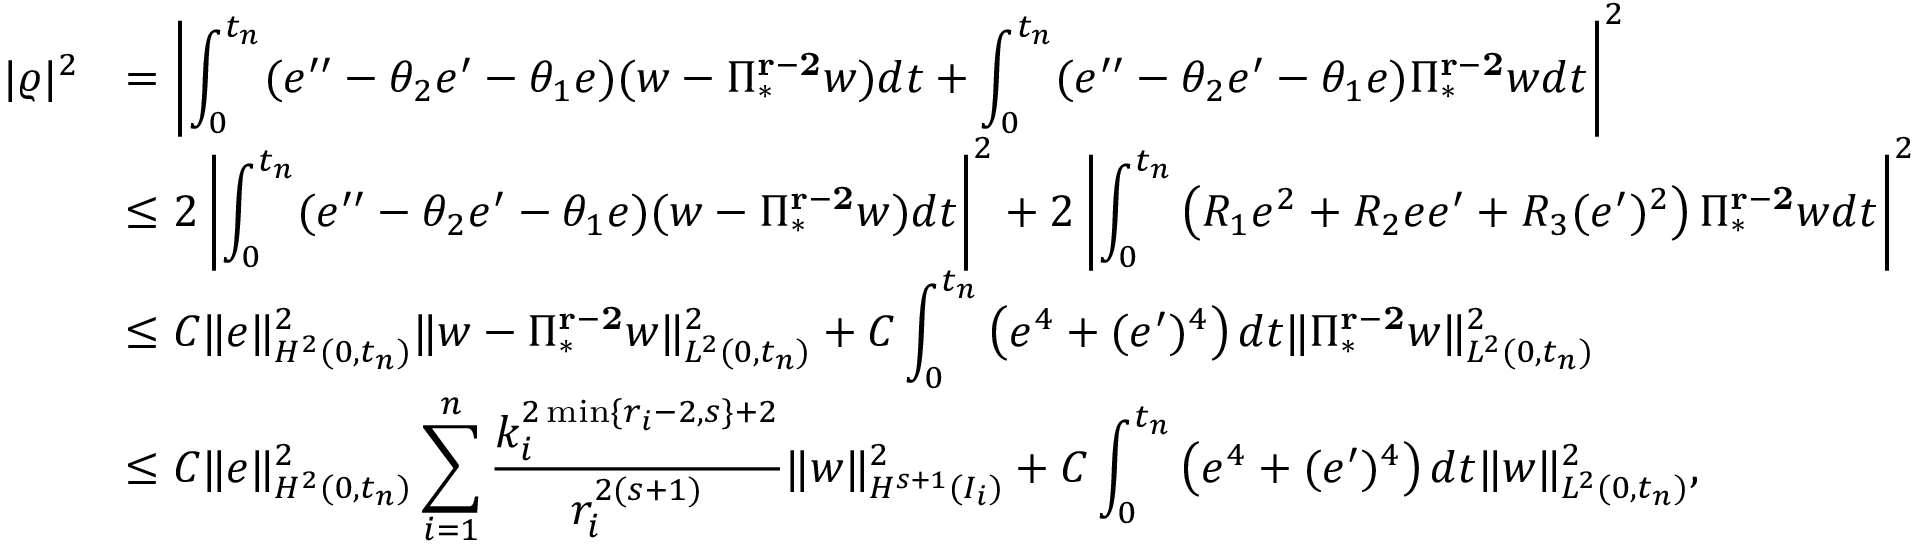
\begin{array} { r } { \begin{array} { l l l } { | \varrho | ^ { 2 } } & { = \left| \displaystyle \int _ { 0 } ^ { t _ { n } } ( e ^ { \prime \prime } - \theta _ { 2 } e ^ { \prime } - \theta _ { 1 } e ) ( w - \Pi _ { * } ^ { \bf { r - 2 } } w ) d t + \displaystyle \int _ { 0 } ^ { t _ { n } } ( e ^ { \prime \prime } - \theta _ { 2 } e ^ { \prime } - \theta _ { 1 } e ) \Pi _ { * } ^ { \bf { r - 2 } } w d t \right| ^ { 2 } } \\ & { \le 2 \left| \displaystyle \int _ { 0 } ^ { t _ { n } } ( e ^ { \prime \prime } - \theta _ { 2 } e ^ { \prime } - \theta _ { 1 } e ) ( w - \Pi _ { * } ^ { \bf { r - 2 } } w ) d t \right| ^ { 2 } + 2 \left| \displaystyle \int _ { 0 } ^ { t _ { n } } \left( R _ { 1 } e ^ { 2 } + R _ { 2 } e e ^ { \prime } + R _ { 3 } ( e ^ { \prime } ) ^ { 2 } \right) \Pi _ { * } ^ { \bf { r - 2 } } w d t \right| ^ { 2 } } \\ & { \le C \| e \| _ { H ^ { 2 } ( 0 , t _ { n } ) } ^ { 2 } \| w - \Pi _ { * } ^ { \bf { r - 2 } } w \| _ { L ^ { 2 } ( 0 , t _ { n } ) } ^ { 2 } + C \displaystyle \int _ { 0 } ^ { t _ { n } } \left( e ^ { 4 } + ( e ^ { \prime } ) ^ { 4 } \right) d t \| \Pi _ { * } ^ { \bf { r - 2 } } w \| _ { L ^ { 2 } ( 0 , t _ { n } ) } ^ { 2 } } \\ & { \le C \| e \| _ { H ^ { 2 } ( 0 , t _ { n } ) } ^ { 2 } \displaystyle \sum _ { i = 1 } ^ { n } \frac { k _ { i } ^ { 2 \operatorname* { m i n } \{ r _ { i } - 2 , s \} + 2 } } { r _ { i } ^ { 2 ( s + 1 ) } } \| w \| _ { H ^ { s + 1 } ( I _ { i } ) } ^ { 2 } + C \displaystyle \int _ { 0 } ^ { t _ { n } } \left( e ^ { 4 } + ( e ^ { \prime } ) ^ { 4 } \right) d t \| w \| _ { L ^ { 2 } ( 0 , t _ { n } ) } ^ { 2 } , } \end{array} } \end{array}